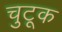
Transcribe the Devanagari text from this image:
चुटूक